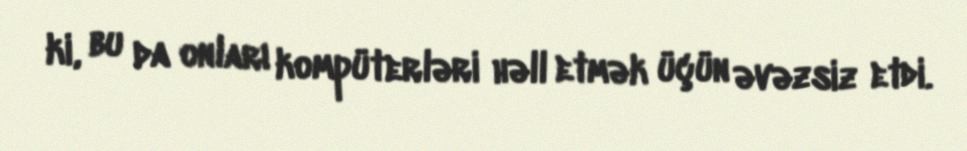
ki, bu da onları kompüterləri həll etmək üçün əvəzsiz etdi.